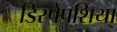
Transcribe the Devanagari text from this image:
डिस्पेपशिया